Leaving Certificate Examination, 1921
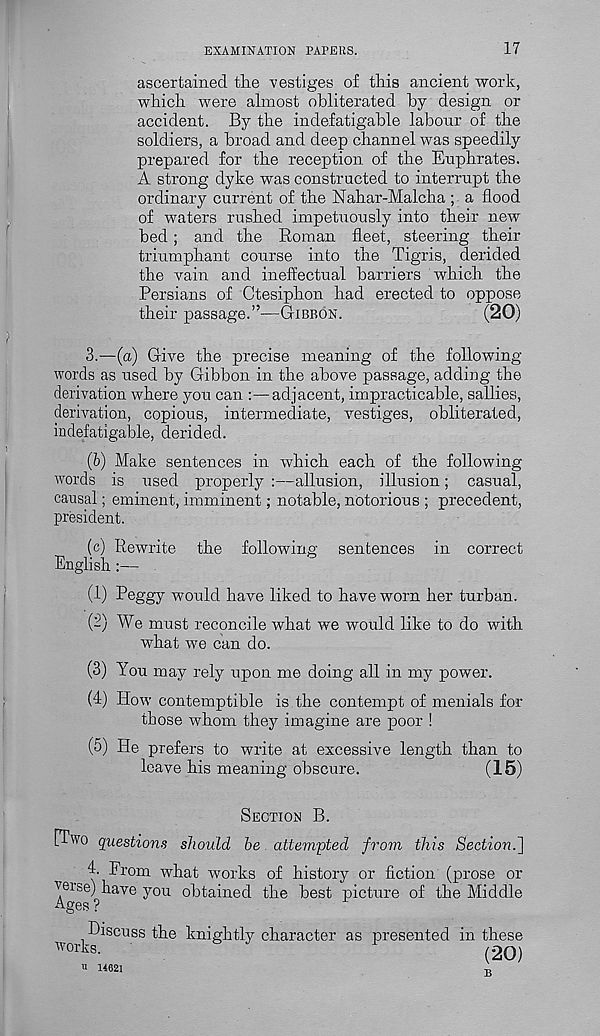
EXAMINATION PAPERS.
17
ascertained the vestiges of this ancient work,
which were almost obliterated by design or
accident. By the indefatigable labour of the
soldiers, a broad and deep channel was speedily
prepared for the reception of the Euphrates.
A strong dyke was constructed to interrupt the
ordinary current of the Nahar-Malcha ; a flood
of waters rushed impetuously into their new
bed; and the Roman fleet, steering their
triumphant course into the Tigris, derided
the vain and ineffectual barriers which the
Persians of Ctesiphon had erected to oppose
their passage.”—GIBBON.
(20)
3.—(a) Give the precise meaning of the following
words as used by Gibbon in the above passage, adding the
derivation where you can :—adjacent, impracticable, sallies,
derivation, copious, intermediate, vestiges, obliterated,
indefatigable, derided.
(b) Make sentences in which each of the following
words is used properly :—allusion, illusion; casual,
causal; eminent, imminent; notable, notorious ; precedent,
president.
(c) Rewrite the following sentences in correct
English :—
(1) Peggy would have liked to have worn her turban.
(2) We must reconcile what we would like to do with
what we can do.
(3) You may rely upon me doing all in my power.
(4) How contemptible is the contempt of menials for
those whom they imagine are poor !
(5) He prefers to write at excessive length than to
leave his meaning obscure.
(15)
SECTION B.
[Two questions should be. attempted from this Section.~\
4. From what works of history or fiction (prose or
T eise ) have you obtained the best picture of the Middle
Ages ?
F
Discuss the knightly character as presented in these
works.
F
(20)
B
u 14621